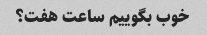
خوب بگوییم ساعت هفت؟